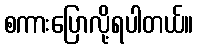
စကားပြောလို့ရပါတယ်။